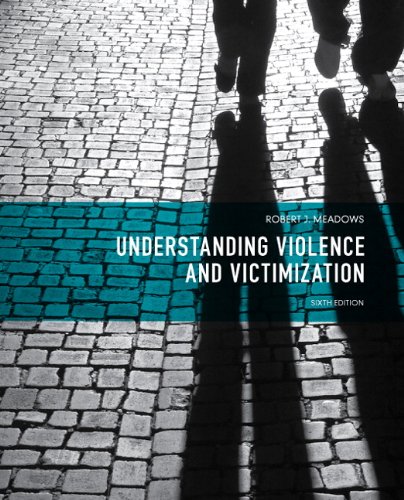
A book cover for Understanding Violence and Victimization (6th Edition); Robert J. Meadows; Politics & Social Sciences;